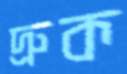
দ্রুক